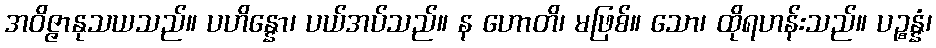
အဝိဇ္ဇာနုသယသည်။ ပဟိန္နော၊ ပယ်အပ်သည်။ န ဟောတိ၊ မဖြစ်။ သော၊ ထိုရဟန်းသည်။ ပဉ္စန္နံ၊